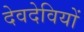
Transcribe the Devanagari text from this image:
देवदेवियों